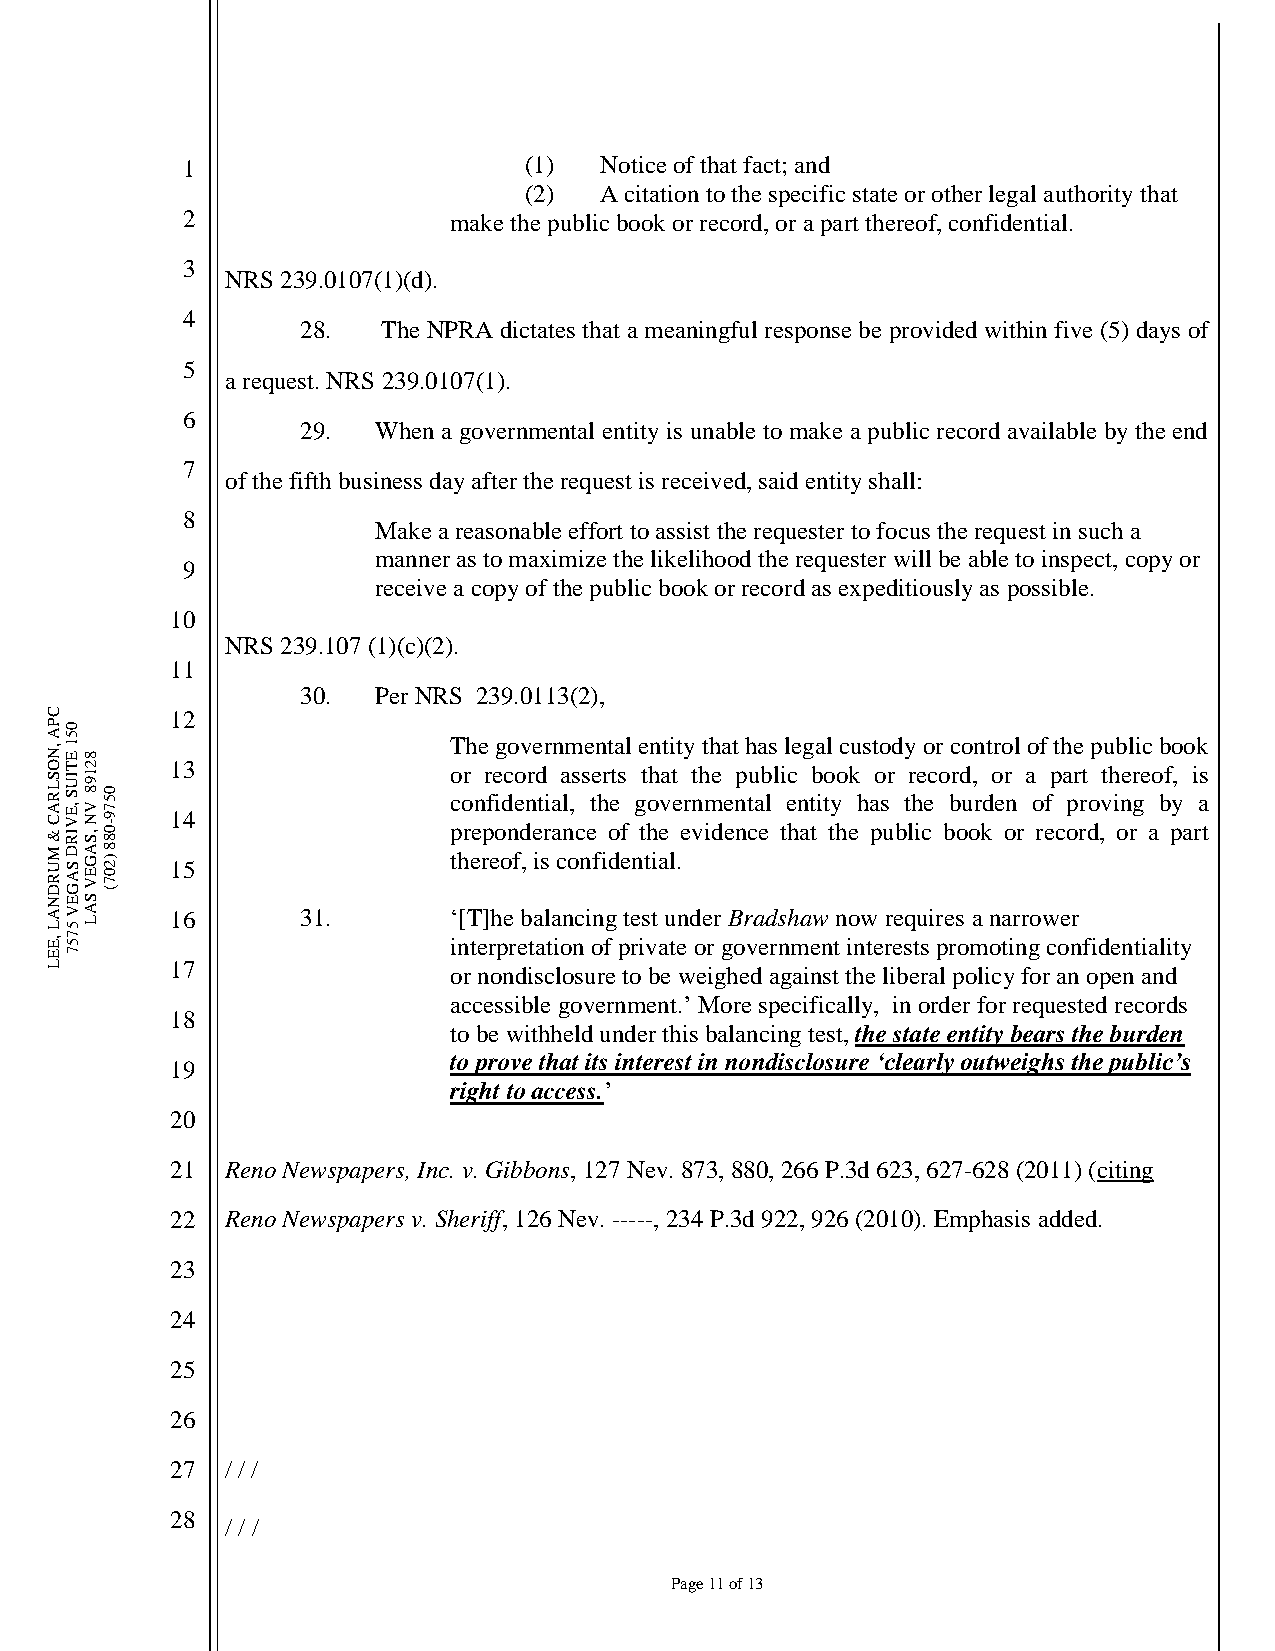
1                      (1)  Notice of that fact; and
 (2)  A citation to the specific state or other legal authority that
 2                 make the public book or record, or a part thereof, confidential.
 3
 NRS 239.0107(1)(d).
 4
 28.  The NPRA dictates that a meaningful response be provided within five (5) days of
 5
 a request. NRS 239.0107(1).
 6
 29.  When a governmental entity is unable to make a public record available by the end
 7
 of the fifth business day after the request is received, said entity shall:
 8
 Make a reasonable effort to assist the requester to focus the request in such a
 manner as to maximize the likelihood the requester will be able to inspect, copy or
 9
 receive a copy of the public book or record as expeditiously as possible.
 10
 NRS 239.107 (1)(c)(2).
 11
 30.  Per NRS 239.0113(2),
 C       12
 P A ,N0 5 1
 E 8
 The governmental entity that has legal custody or control of the public book
 O S L R
 A C
 &T IU S
 ,E V
 IR2 1 9 8
 V N ,S0
 80 5
 7 9 -
 1 13
 4
 o c por
 r
 en pr fe oidc neo dnr ed t ri a aa l n,s
 c
 s ete h r oets
 f
 g tt hoh eva t e ernt vh m ie
 d
 e en np t cu a eb l li tec hn at tb i to ty ho ek h a po s ur
 b
 t lr h ie cec o bbr od u o, r kdo er on
 r
 a o
 r
 efp ca opr rrt do ,vt h i one rr g e ao bf py,
 a
 i ras
 t
 M U R D ND S A G EA G E V S8 )2 0 7 ( 15 t hereof, is confidential.
 A LV 5A L 16     31.       ‘[T]he balancing test under Bradshaw now requires a narrower
 ,E7
 5                         interpretation of private or government interests promoting confidentiality
 E7
 L       17                 or nondisclosure to be weighed against the liberal policy for an open and
 accessible government.’ More specifically, in order for requested records
 18
 to be withheld under this balancing test, the state entity bears the burden
 to prove that its interest in nondisclosure ‘clearly outweighs the public’s
 19
 right to access.’
 20
 21  Reno Newspapers, Inc. v. Gibbons, 127 Nev. 873, 880, 266 P.3d 623, 627-628 (2011) (citing
 22  Reno Newspapers v. Sheriff, 126 Nev. -----, 234 P.3d 922, 926 (2010). Emphasis added.
 23
 24
 25
 26
 27  / / /
 28
 / / /
 Page 11 of 13